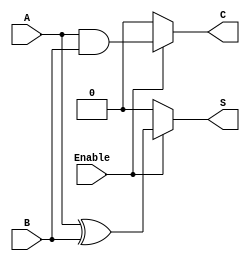
module conditional_half_adder (
    input wire A,          // First single-bit binary input
    input wire B,          // Second single-bit binary input
    input wire Enable,     // Control signal to enable addition
    output reg S,          // Sum output
    output reg C           // Carry output
);

always @(*) begin
    if (Enable) begin
        S = A ^ B;        // Perform addition (XOR) when Enable is high
        C = A & B;        // Carry (AND) when Enable is high
    end else begin
        S = 0;            // Set Sum to 0 when Enable is low
        C = 0;            // Set Carry to 0 when Enable is low
    end
end

endmodule